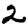
Digit: 2